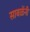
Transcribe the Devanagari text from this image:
साबळेंनी